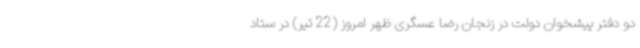
دو دفتر پیشخوان دولت در زنجان رضا عسگری ظهر امروز (22 تیر) در ستاد